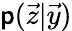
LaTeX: \mathsf{p}(\vec{{z}}\vert\vec{{y}})